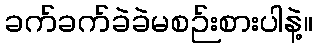
ခက်ခက်ခဲခဲမစဉ်းစားပါနဲ့။